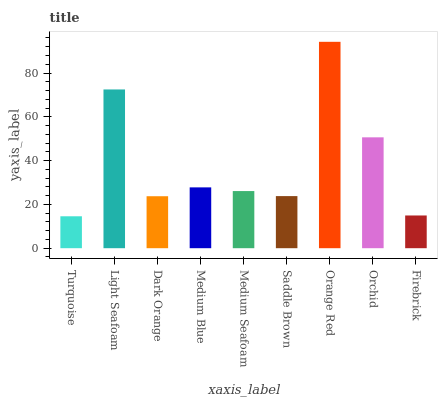
| xaxis_label | bars |
 | --- | --- |
 | Turquoise | 14.6 |
 | Light Seafoam | 72.5 |
 | Dark Orange | 23.7 |
 | Medium Blue | 27.8 |
 | Medium Seafoam | 26.1 |
 | Saddle Brown | 23.8 |
 | Orange Red | 94.2 |
 | Orchid | 50.6 |
 | Firebrick | 14.9 |